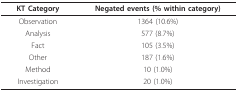
<table><thead><tr><td><b>KT Category</b></td><td><b>Negated events (% within category)</b></td></tr></thead><tbody><tr><td>Observation</td><td>1364 (10.6%)</td></tr><tr><td>Analysis</td><td>577 (8.7%)</td></tr><tr><td>Fact</td><td>105 (3.5%)</td></tr><tr><td>Other</td><td>187 (1.6%)</td></tr><tr><td>Method</td><td>10 (1.0%)</td></tr><tr><td>Investigation</td><td>20 (1.0%)</td></tr></tbody></table>